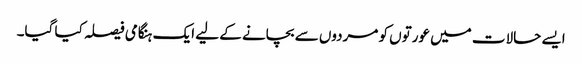
ایسے حالات میں عورتوں کو مردوں سے بچانے کے لیے ایک ہنگامی فیصلہ کیا گیا۔